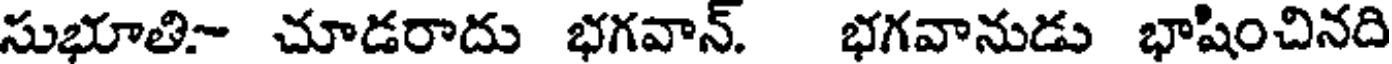
సుభూతి- చూడరాదు భగవాన్. భగవానుడు భాషించినది